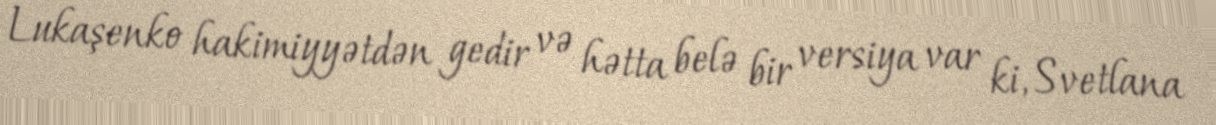
Lukaşenko hakimiyyətdən gedir və hətta belə bir versiya var ki, Svetlana